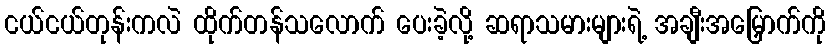
ငယ်ငယ်တုန်းကလဲ ထိုက်တန်သလောက် ပေးခဲ့လို့ ဆရာသမားများရဲ့ အချီးအမြှောက်ကို